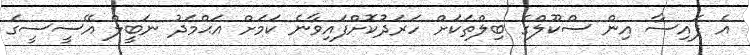
އެ ފައިސާ އިން ސްކޫލްގެ ބިލްތަކަށް ހަރަދުކޮށްފައިވާނެ ކަމަށް އަޙްމަދު ނަބީލް އޭސީސީގެ